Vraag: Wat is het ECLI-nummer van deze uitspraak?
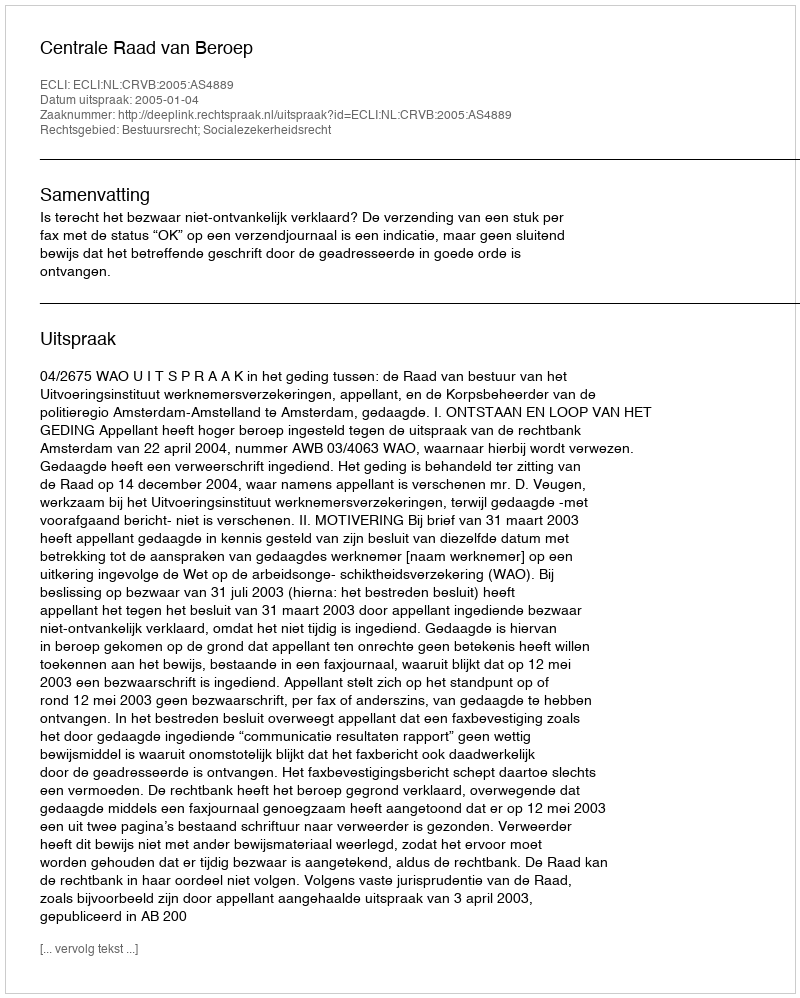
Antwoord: ECLI:NL:CRVB:2005:AS4889